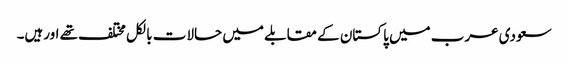
سعودی عرب میں پاکستان کے مقابلے میں حالات بالکل مختلف تھے اورہیں۔